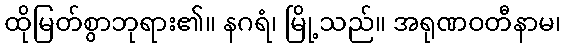
ထိုမြတ်စွာဘုရား၏။ နဂရံ၊ မြို့သည်။ အရုဏဝတီနာမ၊